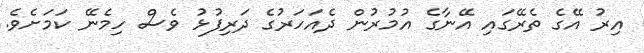
އިރު އޭގެ ތެރޭގައި އޭނާގެ އުމުރުން ދެއަހަރުގެ ދަރިފުޅު ވެސް ހިމެނޭ ކަމަށެވެ.